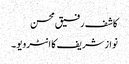
کاشف رفیق محسن
نواز شریف کا انٹرویو ۔